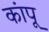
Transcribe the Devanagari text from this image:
कांपू